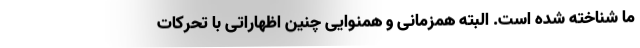
ما شناخته شده است. البته همزمانی و همنوایی چنین اظهاراتی با تحرکات